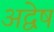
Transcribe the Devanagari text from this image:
अद्वेष